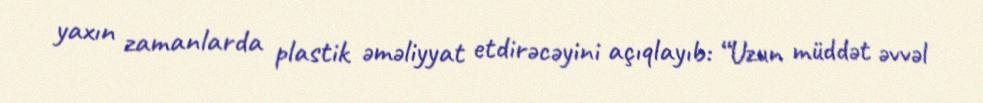
yaxın zamanlarda plastik əməliyyat etdirəcəyini açıqlayıb: “Uzun müddət əvvəl